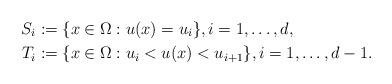
LaTeX: \begin{align*} S_i &:= \{x \in \Omega: u(x) = u_i\}, i =1,\dots,d,\\ T_i &:= \{ x \in \Omega: u_i < u(x) < u_{i+1} \}, i=1,\dots,d-1. \end{align*}